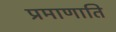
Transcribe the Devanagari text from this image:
प्रमाणाति